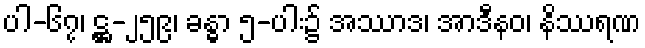
ပါ-၆၇၊ ဋ္ဌ-၂၅၉၊ ခန္ဓာ ၅-ပါး၌ အဿာဒ၊ အာဒီနဝ၊ နိဿရဏ